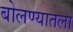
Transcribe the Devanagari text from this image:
बोलण्यातला